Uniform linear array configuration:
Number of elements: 32
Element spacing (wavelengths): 0.5
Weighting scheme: cosine
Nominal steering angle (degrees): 45
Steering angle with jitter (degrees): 43.248
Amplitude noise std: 0.05
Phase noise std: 0.05

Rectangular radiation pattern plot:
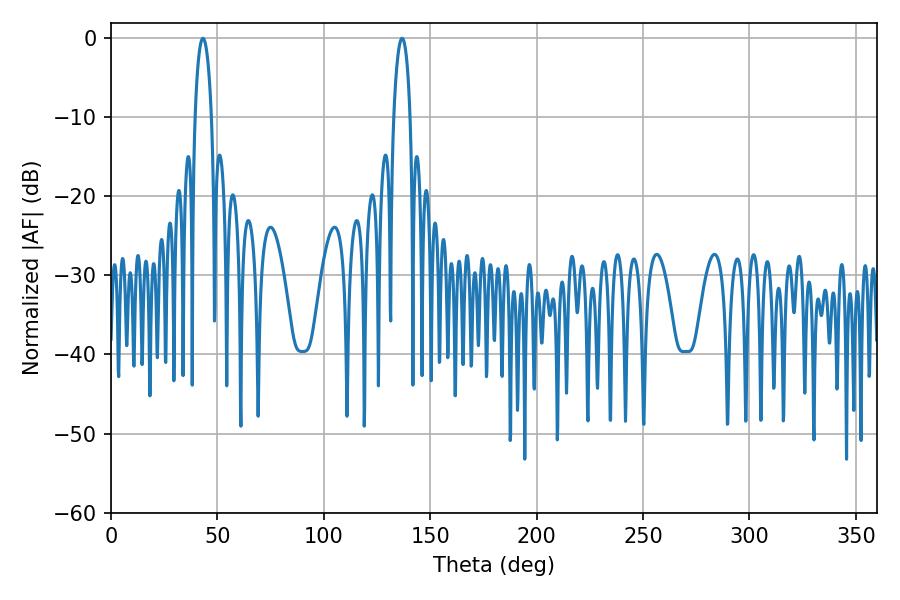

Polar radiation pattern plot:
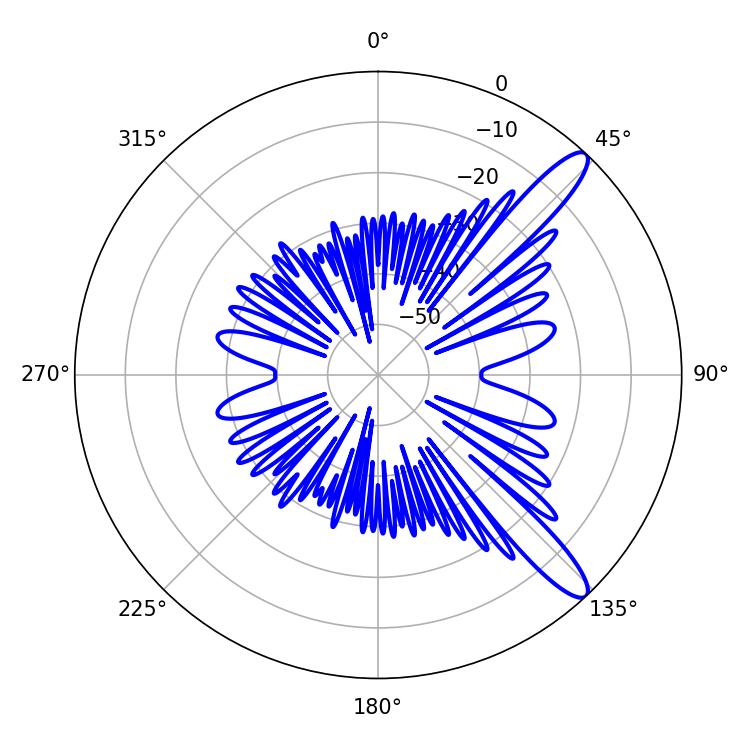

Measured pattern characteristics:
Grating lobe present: FALSE
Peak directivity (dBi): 12.316
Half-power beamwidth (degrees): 4.32
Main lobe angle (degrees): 43.2